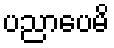
ပညာပေမိ